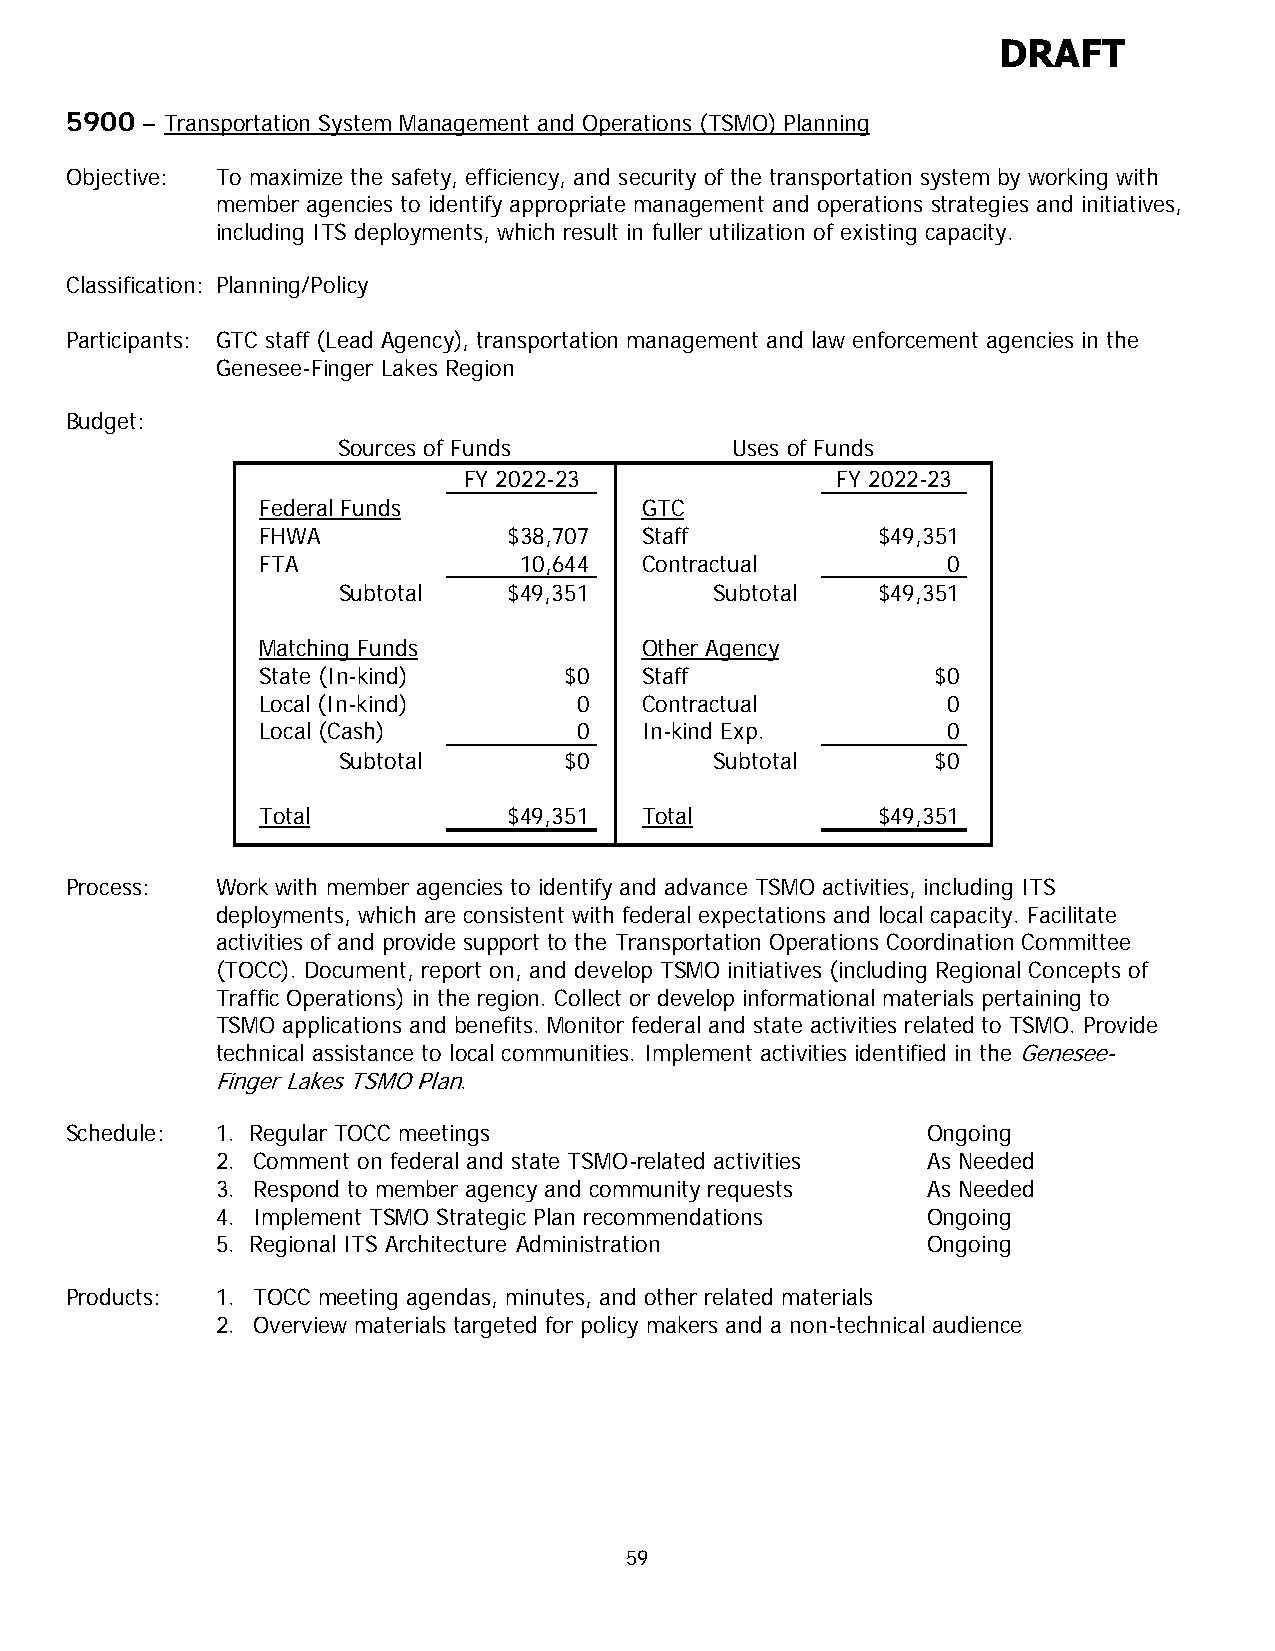
DRAFT
 5900 – Transportation System Management and Operations (TSMO) Planning
 Objective: To maximize the safety, efficiency, and security of the transportation system by working with
 member agencies to identify appropriate management and operations strategies and initiatives,
 including ITS deployments, which result in fuller utilization of existing capacity.
 Classification: Planning/Policy
 Participants: GTC staff (Lead Agency), transportation management and law enforcement agencies in the
 Genesee-Finger Lakes Region
 Budget:
 Sources of Funds          Uses of Funds
 FY 2022-23              FY 2022-23
 Federal Funds            GTC
 FHWA             $38,707 Staff           $49,351
 FTA              10,644  Contractual          0
 Subtotal    $49,351      Subtotal   $49,351
 Matching Funds           Other Agency
 State (In-kind)     $0   Staff               $0
 Local (In-kind)      0   Contractual          0
 Local (Cash)         0   In-kind Exp.         0
 Subtotal       $0        Subtotal       $0
 Total            $49,351 Total           $49,351
 Process:  Work with member agencies to identify and advance TSMO activities, including ITS
 deployments, which are consistent with federal expectations and local capacity. Facilitate
 activities of and provide support to the Transportation Operations Coordination Committee
 (TOCC). Document, report on, and develop TSMO initiatives (including Regional Concepts of
 Traffic Operations) in the region. Collect or develop informational materials pertaining to
 TSMO applications and benefits. Monitor federal and state activities related to TSMO. Provide
 technical assistance to local communities. Implement activities identified in the Genesee-
 Finger Lakes TSMO Plan.
 Schedule: 1. Regular TOCC meetings                       Ongoing
 2. Comment on federal and state TSMO-related activities As Needed
 3. Respond to member agency and community requests As Needed
 4. Implement TSMO Strategic Plan recommendations Ongoing
 5. Regional ITS Architecture Administration    Ongoing
 Products: 1. TOCC meeting agendas, minutes, and other related materials
 2. Overview materials targeted for policy makers and a non-technical audience
 59